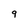
Character: 9